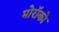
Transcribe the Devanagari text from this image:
मोरॉको